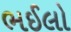
ભઈલો